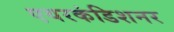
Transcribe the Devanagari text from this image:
एयरकंडिशनर